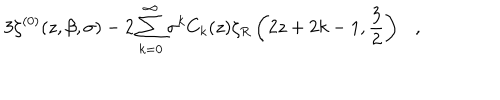
3 \zeta ^ { ( 0 ) } ( z , \beta , \sigma ) - 2 \sum _ { k = 0 } ^ { \infty } \sigma ^ { k } C _ { k } ( z ) \zeta _ { R } \left( 2 z + 2 k - 1 , { \frac { 3 } { 2 } } \right) ,